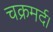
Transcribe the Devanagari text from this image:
चक्रमर्द।